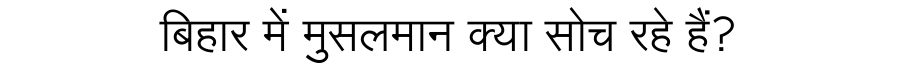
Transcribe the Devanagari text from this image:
बिहार में मुसलमान क्या सोच रहे हैं?